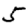
Digit: 5